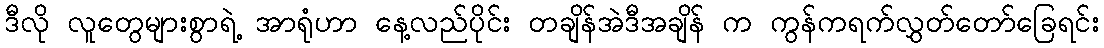
ဒီလို လူတွေများစွာရဲ့ အာရုံဟာ နေ့လည်ပိုင်း တချိန်အဲဒီအချိန် က ကွန်ကရက်လွှတ်တော်ခြေရင်း